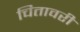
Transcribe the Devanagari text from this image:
चितावरी